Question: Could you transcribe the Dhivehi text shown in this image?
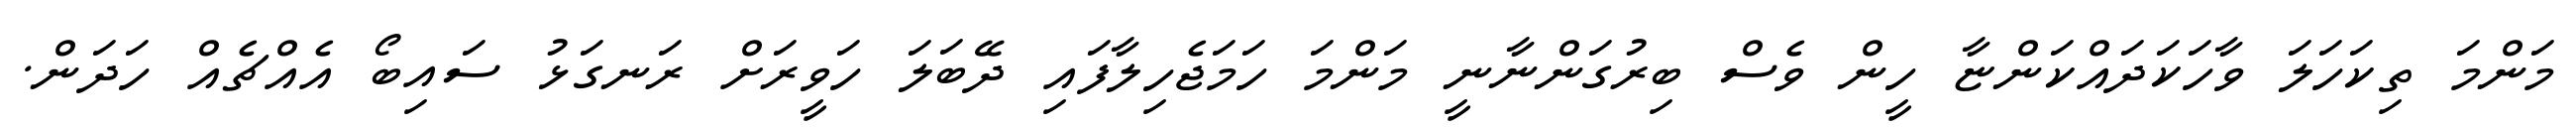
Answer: މަންމަ ތިކަހަލަ ވާހަކަދައްކަންޏާ ހީން ވެސް ބިރުގަންނާނީ މަންމަ ހަމަޖެހިލާފައި ދޭބަލަ ހަވީރަށް ރަނގަޅު ސައިބޯ އެއްޗެއް ހަދަން.